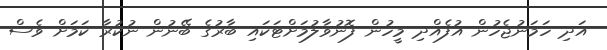
އަދި ހަމަނުޖެހުން އުފެއްދި މީހުން ފޮނުވާލުމަށްޓަކައި ބާރުގެ ބޭނުން ނުކުރާ ކަމަށް ވެސް